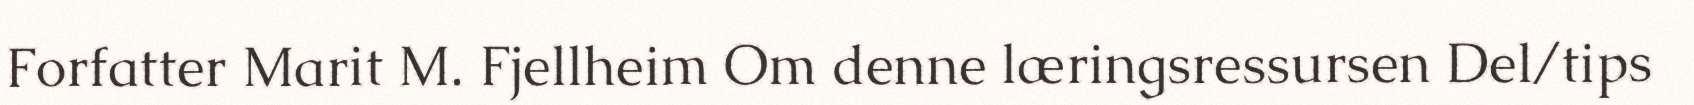
Forfatter Marit M. Fjellheim Om denne læringsressursen Del/tips